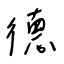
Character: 德